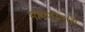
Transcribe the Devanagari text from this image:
मागणीमध्ये